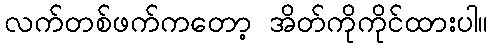
လက်တစ်ဖက်ကတော့ အိတ်ကိုကိုင်ထားပါ။